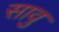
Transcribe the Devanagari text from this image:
सावु